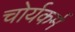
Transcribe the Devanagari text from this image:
चोर्यकर्म